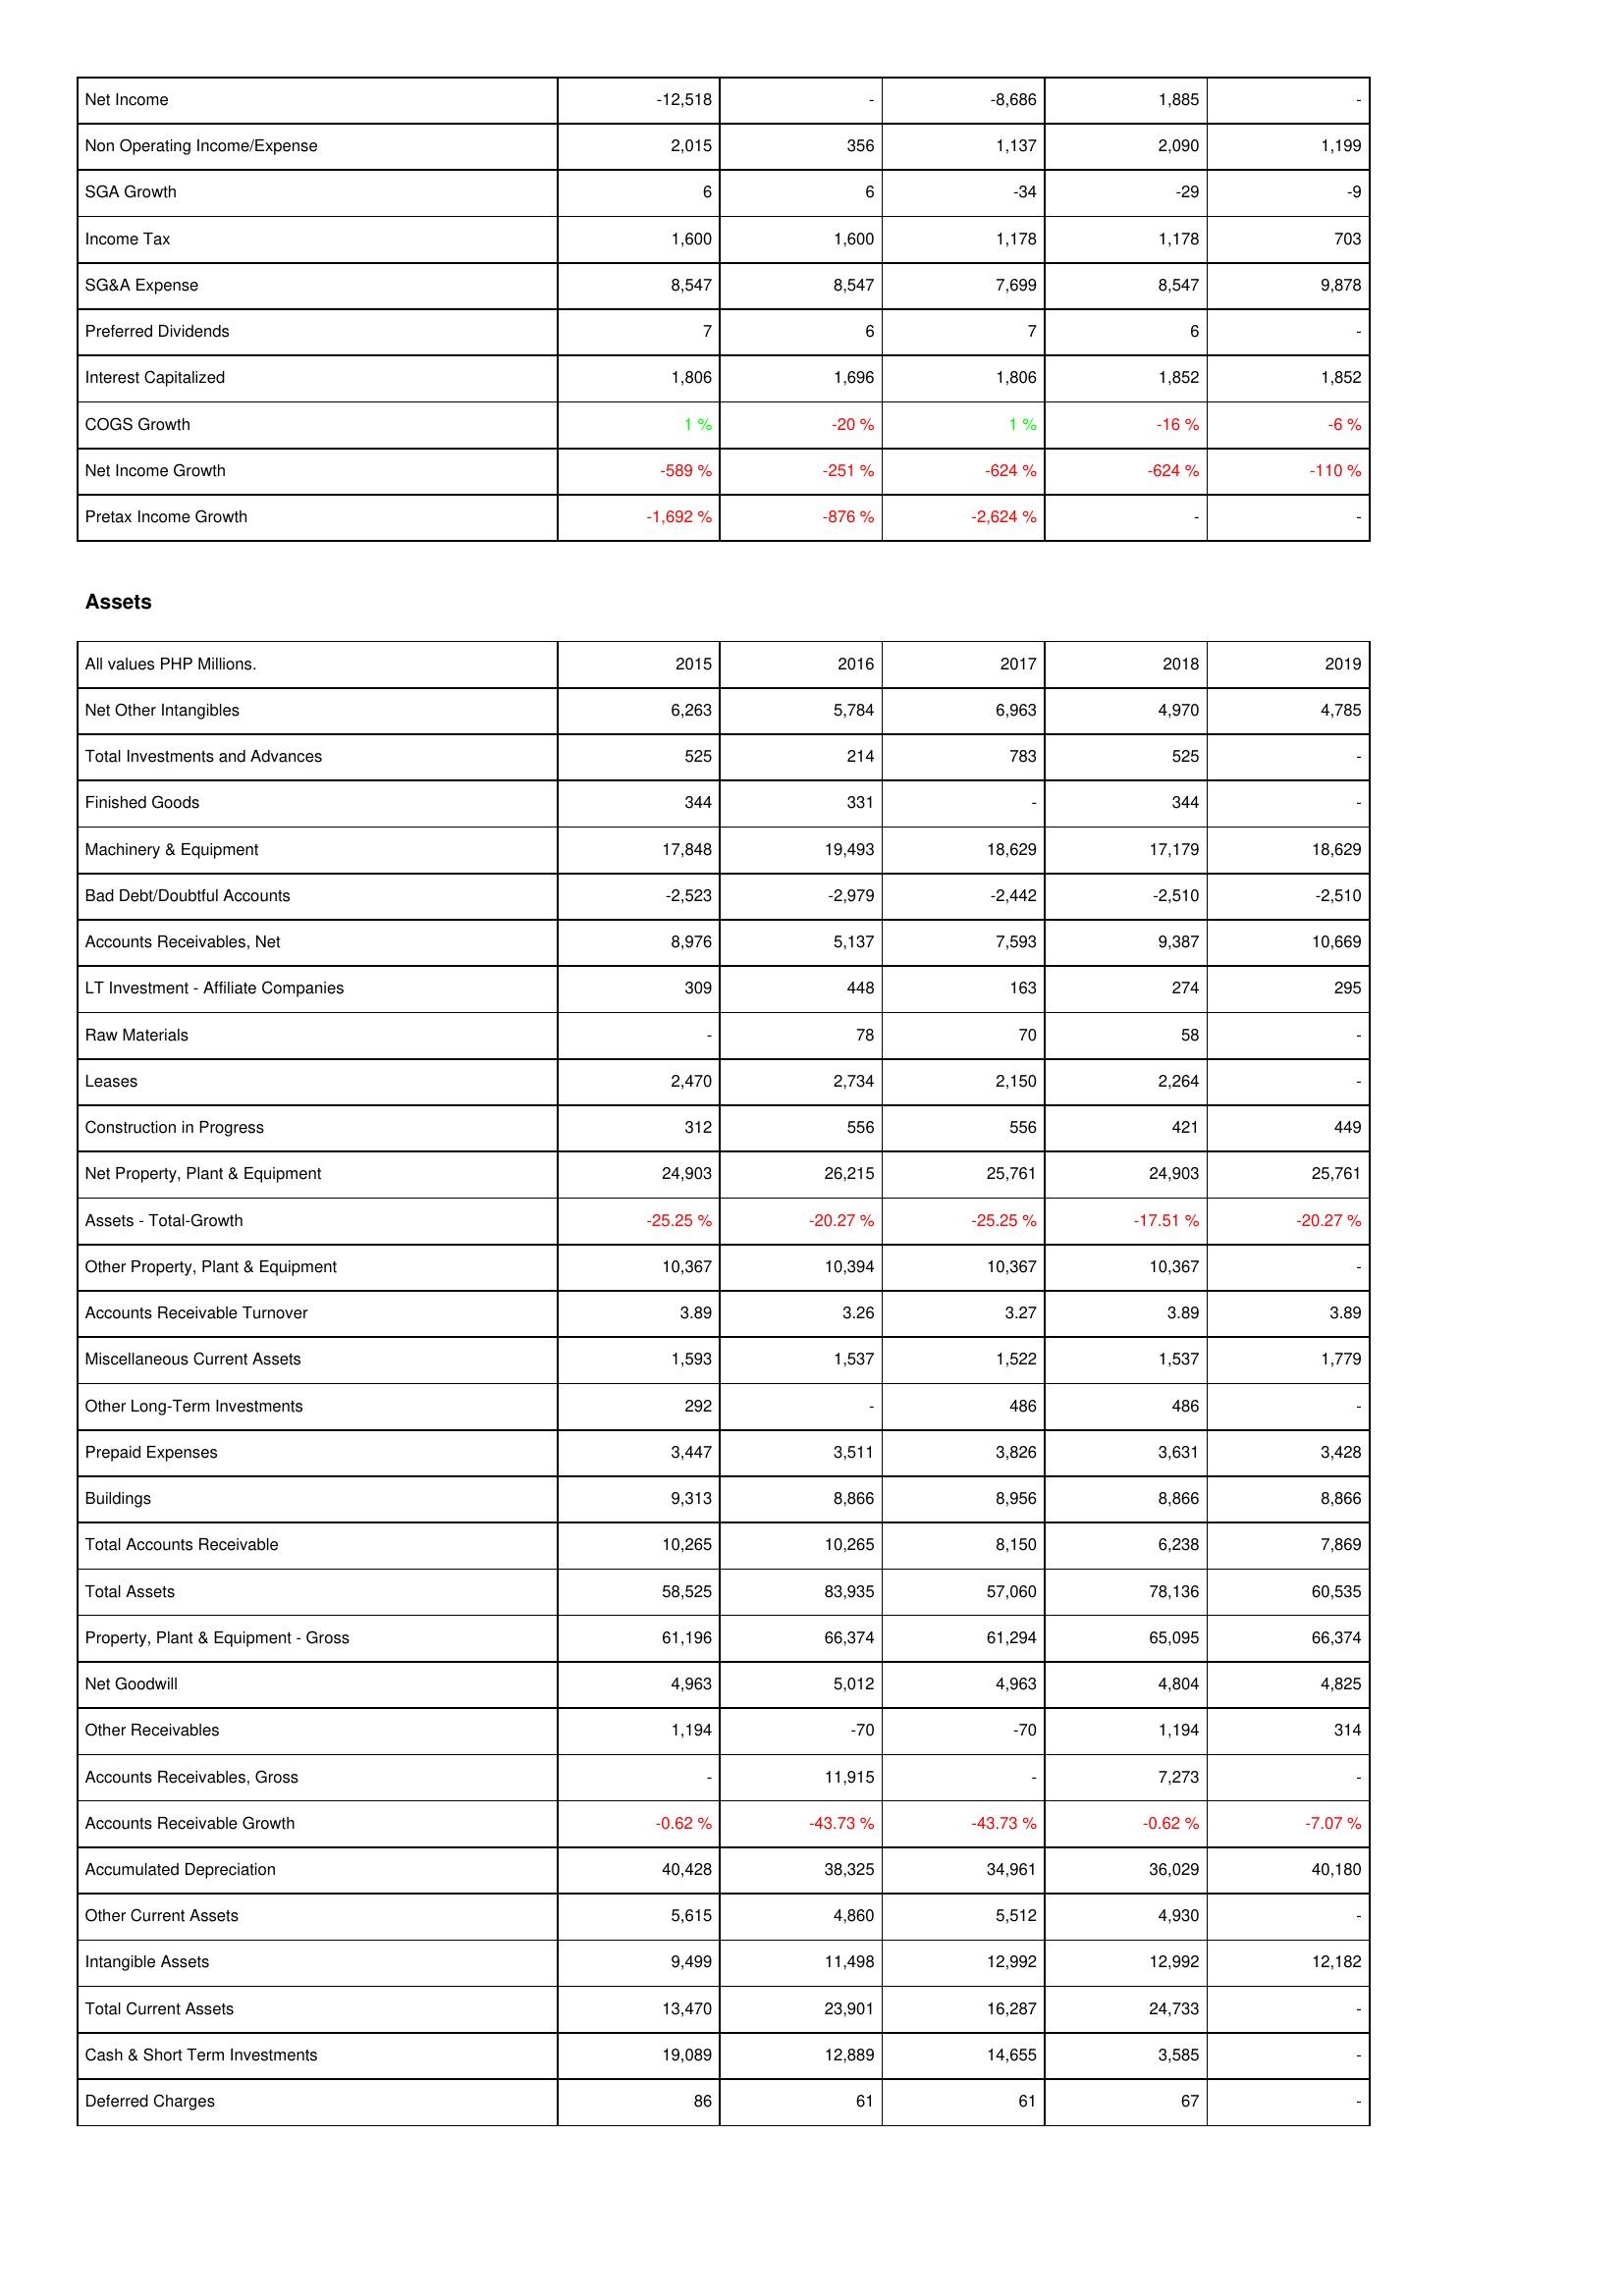
2015: Income Statement: Net Income: -12,518
Non Operating Income/Expense: 2,015
SGA Growth: 6
Income Tax: 1,600
SG&A Expense: 8,547
Preferred Dividends: 7
Interest Capitalized: 1,806
COGS Growth: 1 %
Net Income Growth: -589 %
Pretax Income Growth: -1,692 %
Assets: Net Other Intangibles: 6,263
Total Investments and Advances: 525
Finished Goods: 344
Machinery & Equipment: 17,848
Bad Debt/Doubtful Accounts: -2,523
Accounts Receivables, Net: 8,976
LT Investment - Affiliate Companies: 309
Raw Materials: -
Leases: 2,470
Construction in Progress: 312
Net Property, Plant & Equipment: 24,903
Assets - Total-Growth: -25.25 %
Other Property, Plant & Equipment: 10,367
Accounts Receivable Turnover: 3.89
Miscellaneous Current Assets: 1,593
Other Long-Term Investments: 292
Prepaid Expenses: 3,447
Buildings: 9,313
Total Accounts Receivable: 10,265
Total Assets: 58,525
Property, Plant & Equipment - Gross: 61,196
Net Goodwill: 4,963
Other Receivables: 1,194
Accounts Receivables, Gross: -
Accounts Receivable Growth: -0.62 %
Accumulated Depreciation: 40,428
Other Current Assets: 5,615
Intangible Assets: 9,499
Total Current Assets: 13,470
Cash & Short Term Investments: 19,089
Deferred Charges: 86
2016: Income Statement: Net Income: -
Non Operating Income/Expense: 356
SGA Growth: 6
Income Tax: 1,600
SG&A Expense: 8,547
Preferred Dividends: 6
Interest Capitalized: 1,696
COGS Growth: -20 %
Net Income Growth: -251 %
Pretax Income Growth: -876 %
Assets: Net Other Intangibles: 5,784
Total Investments and Advances: 214
Finished Goods: 331
Machinery & Equipment: 19,493
Bad Debt/Doubtful Accounts: -2,979
Accounts Receivables, Net: 5,137
LT Investment - Affiliate Companies: 448
Raw Materials: 78
Leases: 2,734
Construction in Progress: 556
Net Property, Plant & Equipment: 26,215
Assets - Total-Growth: -20.27 %
Other Property, Plant & Equipment: 10,394
Accounts Receivable Turnover: 3.26
Miscellaneous Current Assets: 1,537
Other Long-Term Investments: -
Prepaid Expenses: 3,511
Buildings: 8,866
Total Accounts Receivable: 10,265
Total Assets: 83,935
Property, Plant & Equipment - Gross: 66,374
Net Goodwill: 5,012
Other Receivables: -70
Accounts Receivables, Gross: 11,915
Accounts Receivable Growth: -43.73 %
Accumulated Depreciation: 38,325
Other Current Assets: 4,860
Intangible Assets: 11,498
Total Current Assets: 23,901
Cash & Short Term Investments: 12,889
Deferred Charges: 61
2017: Income Statement: Net Income: -8,686
Non Operating Income/Expense: 1,137
SGA Growth: -34
Income Tax: 1,178
SG&A Expense: 7,699
Preferred Dividends: 7
Interest Capitalized: 1,806
COGS Growth: 1 %
Net Income Growth: -624 %
Pretax Income Growth: -2,624 %
Assets: Net Other Intangibles: 6,963
Total Investments and Advances: 783
Finished Goods: -
Machinery & Equipment: 18,629
Bad Debt/Doubtful Accounts: -2,442
Accounts Receivables, Net: 7,593
LT Investment - Affiliate Companies: 163
Raw Materials: 70
Leases: 2,150
Construction in Progress: 556
Net Property, Plant & Equipment: 25,761
Assets - Total-Growth: -25.25 %
Other Property, Plant & Equipment: 10,367
Accounts Receivable Turnover: 3.27
Miscellaneous Current Assets: 1,522
Other Long-Term Investments: 486
Prepaid Expenses: 3,826
Buildings: 8,956
Total Accounts Receivable: 8,150
Total Assets: 57,060
Property, Plant & Equipment - Gross: 61,294
Net Goodwill: 4,963
Other Receivables: -70
Accounts Receivables, Gross: -
Accounts Receivable Growth: -43.73 %
Accumulated Depreciation: 34,961
Other Current Assets: 5,512
Intangible Assets: 12,992
Total Current Assets: 16,287
Cash & Short Term Investments: 14,655
Deferred Charges: 61
2018: Income Statement: Net Income: 1,885
Non Operating Income/Expense: 2,090
SGA Growth: -29
Income Tax: 1,178
SG&A Expense: 8,547
Preferred Dividends: 6
Interest Capitalized: 1,852
COGS Growth: -16 %
Net Income Growth: -624 %
Pretax Income Growth: -
Assets: Net Other Intangibles: 4,970
Total Investments and Advances: 525
Finished Goods: 344
Machinery & Equipment: 17,179
Bad Debt/Doubtful Accounts: -2,510
Accounts Receivables, Net: 9,387
LT Investment - Affiliate Companies: 274
Raw Materials: 58
Leases: 2,264
Construction in Progress: 421
Net Property, Plant & Equipment: 24,903
Assets - Total-Growth: -17.51 %
Other Property, Plant & Equipment: 10,367
Accounts Receivable Turnover: 3.89
Miscellaneous Current Assets: 1,537
Other Long-Term Investments: 486
Prepaid Expenses: 3,631
Buildings: 8,866
Total Accounts Receivable: 6,238
Total Assets: 78,136
Property, Plant & Equipment - Gross: 65,095
Net Goodwill: 4,804
Other Receivables: 1,194
Accounts Receivables, Gross: 7,273
Accounts Receivable Growth: -0.62 %
Accumulated Depreciation: 36,029
Other Current Assets: 4,930
Intangible Assets: 12,992
Total Current Assets: 24,733
Cash & Short Term Investments: 3,585
Deferred Charges: 67
2019: Income Statement: Net Income: -
Non Operating Income/Expense: 1,199
SGA Growth: -9
Income Tax: 703
SG&A Expense: 9,878
Preferred Dividends: -
Interest Capitalized: 1,852
COGS Growth: -6 %
Net Income Growth: -110 %
Pretax Income Growth: -
Assets: Net Other Intangibles: 4,785
Total Investments and Advances: -
Finished Goods: -
Machinery & Equipment: 18,629
Bad Debt/Doubtful Accounts: -2,510
Accounts Receivables, Net: 10,669
LT Investment - Affiliate Companies: 295
Raw Materials: -
Leases: -
Construction in Progress: 449
Net Property, Plant & Equipment: 25,761
Assets - Total-Growth: -20.27 %
Other Property, Plant & Equipment: -
Accounts Receivable Turnover: 3.89
Miscellaneous Current Assets: 1,779
Other Long-Term Investments: -
Prepaid Expenses: 3,428
Buildings: 8,866
Total Accounts Receivable: 7,869
Total Assets: 60,535
Property, Plant & Equipment - Gross: 66,374
Net Goodwill: 4,825
Other Receivables: 314
Accounts Receivables, Gross: -
Accounts Receivable Growth: -7.07 %
Accumulated Depreciation: 40,180
Other Current Assets: -
Intangible Assets: 12,182
Total Current Assets: -
Cash & Short Term Investments: -
Deferred Charges: -